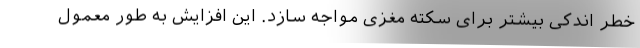
خطر اندکی بیشتر برای سکته مغزی مواجه سازد. این افزایش به طور معمول